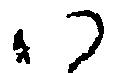
い